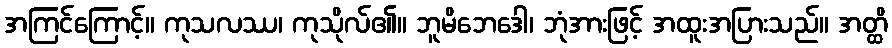
အကြင်ကြောင့်။ ကုသလဿ၊ ကုသိုလ်၏။ ဘူမိဘေဒေါ၊ ဘုံအားဖြင့် အထူးအပြားသည်။ အတ္ထိ